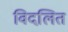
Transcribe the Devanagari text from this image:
विदलित